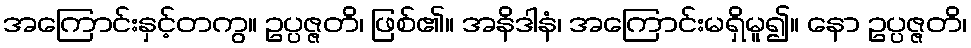
အကြောင်းနှင့်တကွ။ ဥပ္ပဇ္ဇတိ၊ ဖြစ်၏။ အနိဒါနံ၊ အကြောင်းမရှိမူ၍။ နော ဥပ္ပဇ္ဇတိ၊